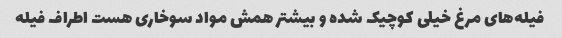
فیله‌های مرغ خیلی کوچیک شده و بیشتر همش مواد سوخاری هست اطراف فیله